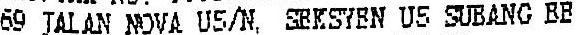
69 JALAN NOVA U5/N, SEKSYEN U5 SUBANG BE